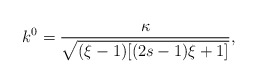
\begin{align*}k^{0}=\frac{\kappa}{\sqrt{(\xi-1)[(2s-1)\xi+1]}},\end{align*}